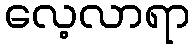
လေ့လာရာ